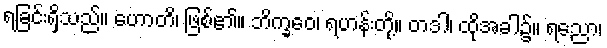
ရခြင်းရှိသည်။ ဟောတိ၊ ဖြစ်၏။ ဘိက္ခဝေ၊ ရဟန်းတို့။ တဒါ၊ ထိုအခါ၌။ ရညော၊